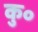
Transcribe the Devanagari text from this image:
कु॰